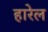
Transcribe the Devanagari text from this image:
हारेल